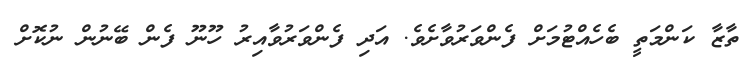
ތާޒާ ކަންމަތީ ބެހެއްޓުމަށް ފެންވަރުވާށެވެ. އަދި ފެންވަރުވާއިރު ހޫނޫ ފެން ބޭނުން ނުކޮށް